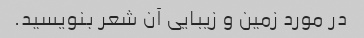
در مورد زمین و زیبایی آن شعر بنویسید.